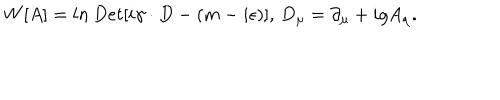
W [ A ] = l n \, D e t [ i \gamma \cdot D - ( m - i \epsilon ) ] , \, D _ { \mu } = \partial _ { \mu } + i g A _ { \mu } .